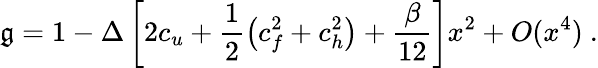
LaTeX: \mathfrak{g}=1-\Delta\left[2c_{u}+\frac{1}{2}\left(c_{f}^{2}+c_{h}^{2}\right)+\frac{\beta}{{12}}\right]x^{2}+O(x^{4})\ .